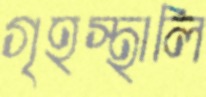
গৃহস্থালি